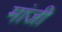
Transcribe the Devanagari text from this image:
मांजी